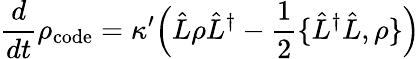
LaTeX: \frac{d}{dt}\rho_{\mathrm{code}}=\kappa^{\prime}\Big(\hat{L}\rho\hat{L}^{\dagger}-\frac{1}{2}\{ \hat{L}^{\dagger}\hat{L},\rho\} \Big)